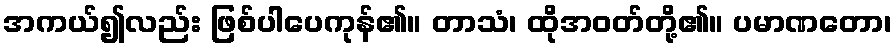
အကယ်၍လည်း ဖြစ်ပါပေကုန်၏။ တာသံ၊ ထိုအဝတ်တို့၏။ ပမာဏတော၊